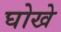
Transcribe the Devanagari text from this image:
घोखे